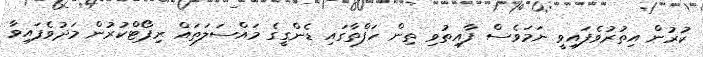
ކުރުން އިތުރުވެފައިވީ ނަމަވެސް ފާއިތުވި ތިން ހަފްތާގައި ޑެންގީގެ މައްސަލަތައް ރިޕޯޓްކުރުން މަދުވެފައިވާ